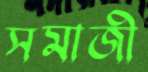
সমাজী